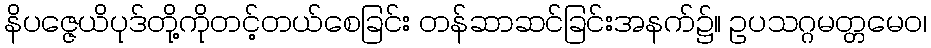
နိပဇ္ဇေယိပုဒ်တို့ကိုတင့်တယ်စေခြင်း တန်ဆာဆင်ခြင်းအနက်၌။ ဥပသဂ္ဂမတ္တမေဝ၊